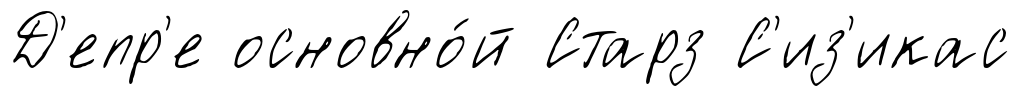
Д'епр'е основно́й Старз С'из'икас